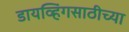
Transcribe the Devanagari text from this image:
डायव्हिंगसाठीच्या